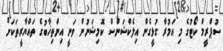
ސުޕްރީމް ކޯޓުގެ މި އަމުރާ ގުޅީގެން އިލެކްޝަންސް ކޮމިޝަނުން ވަނީ އިންތިޚާބުގެ ތައްޔާރީތަކަށް